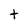
Character: t